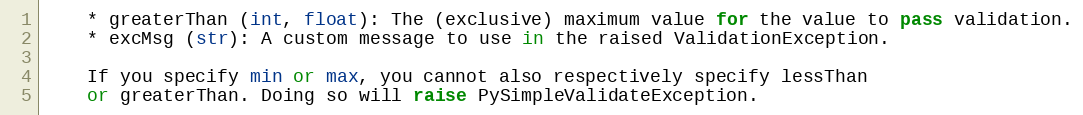
Language: Python
    * greaterThan (int, float): The (exclusive) maximum value for the value to pass validation.
    * excMsg (str): A custom message to use in the raised ValidationException.

    If you specify min or max, you cannot also respectively specify lessThan
    or greaterThan. Doing so will raise PySimpleValidateException.